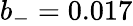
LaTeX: b_{-}=0.017